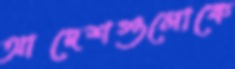
আদেশগুলোকে